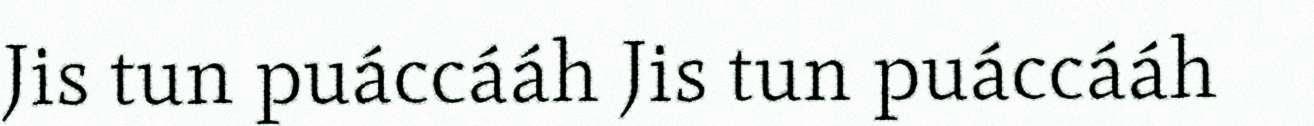
Jis tun puáccááh Jis tun puáccááh